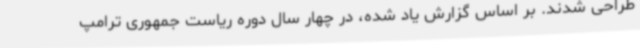
طراحی شدند. بر اساس گزارش یاد شده، در چهار سال دوره ریاست جمهوری ترامپ